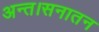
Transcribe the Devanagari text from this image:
अन्त।सनातन